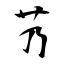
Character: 艿